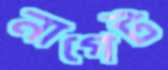
নাগেট